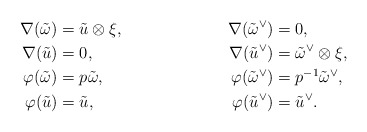
\begin{align*} \nabla(\tilde\omega) &= \tilde u \otimes \xi, & \nabla(\tilde \omega^\vee) &= 0, \\ \nabla(\tilde u) &= 0, & \nabla(\tilde u^\vee) &= \tilde \omega^\vee \otimes \xi,\\ \varphi(\tilde \omega) &= p \tilde\omega, & \varphi(\tilde \omega^\vee) &= p^{-1} \tilde\omega^\vee,\\ \varphi(\tilde u) &= \tilde u,& \varphi(\tilde u^\vee) &= \tilde u^\vee. \end{align*}